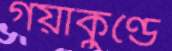
গয়াকুণ্ডে